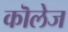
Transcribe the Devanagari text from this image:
कॊलेज